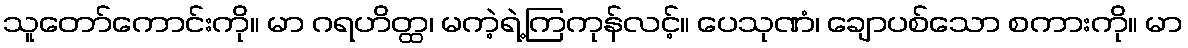
သူတော်ကောင်းကို။ မာ ဂရဟိတ္ထ၊ မကဲ့ရဲ့ကြကုန်လင့်။ ပေသုဏံ၊ ချောပစ်သော စကားကို။ မာ